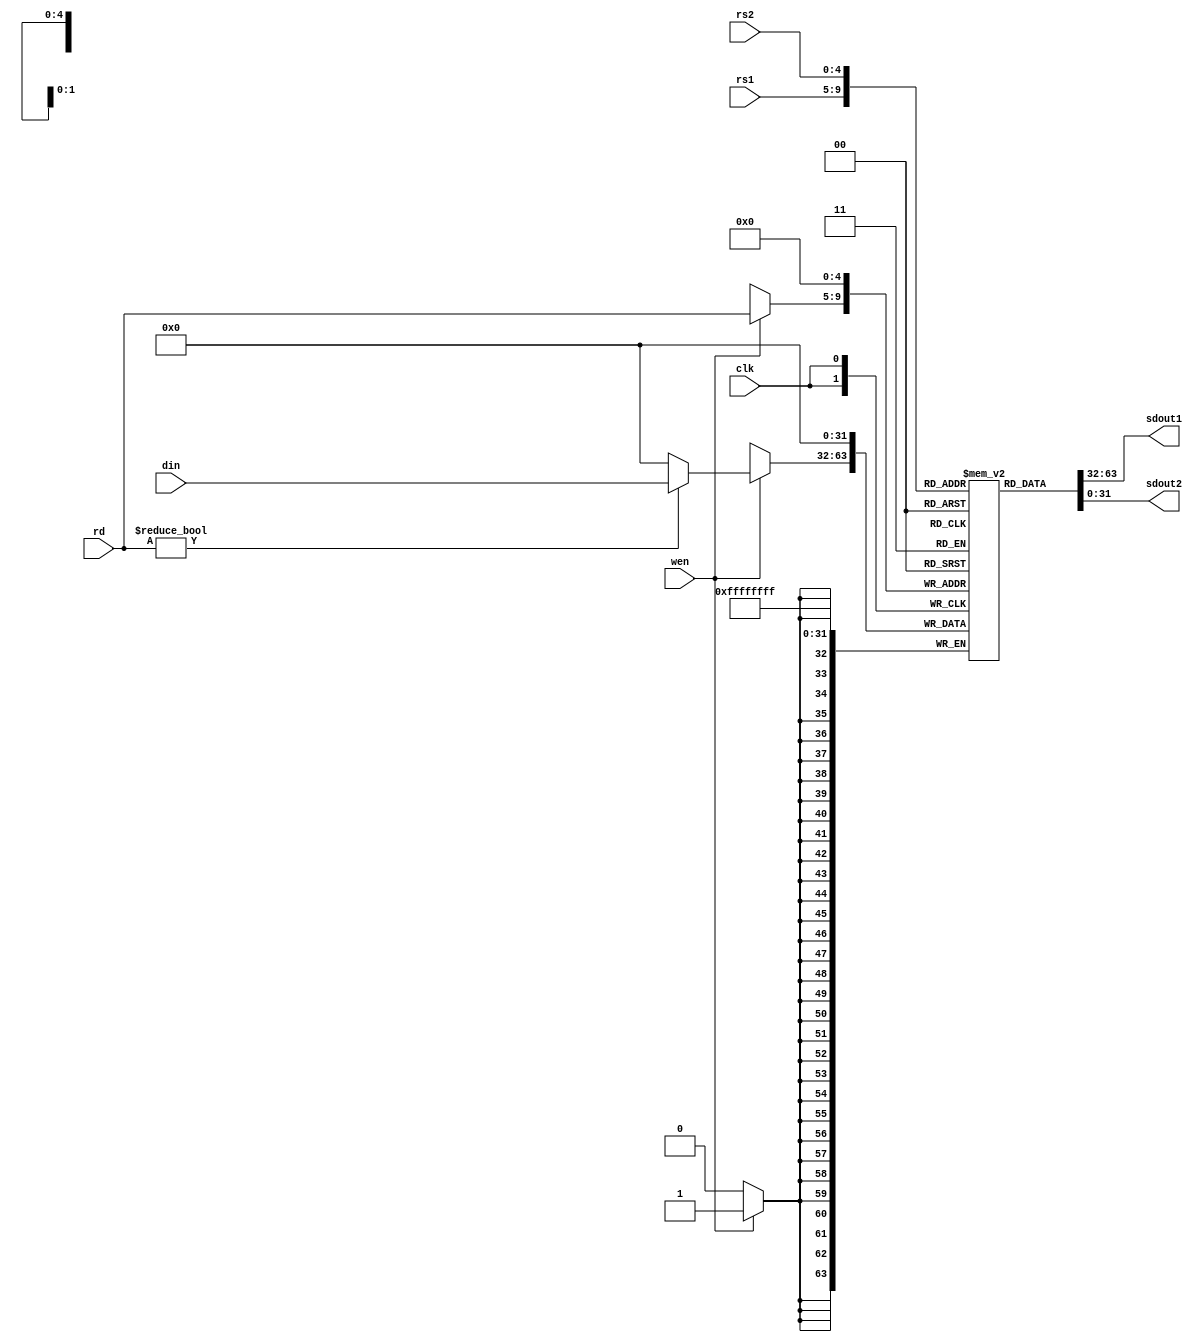
`timescale 1ns / 1ps
//////////////////////////////////////////////////////////////////////////////////
// Module Name: DECODE
// Project Name: Single Cycle RISC Processor
//////////////////////////////////////////////////////////////////////////////////


module DECODE(
    input clk,
    input wen,
    input [4:0] rd,rs1,rs2,
    input [31:0] din,
    output [31:0] sdout1,sdout2
    );
    
    reg [31:0] regfile [0:31];
    always @(posedge clk)
    begin
        regfile[5'd0] <= 32'd0;
        if(wen)
            regfile[rd] <= rd?din:32'd0;
    end
    assign sdout1 = regfile[rs1];
    assign sdout2 = regfile[rs2];
endmodule